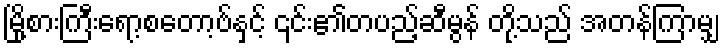
မြို့စားကြီးရော့စတော့ဗ်နှင့် ၎င်း၏တပည့်ဆီမွန် တို့သည် အတန်ကြာမျှ